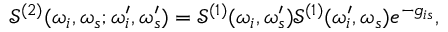
\mathcal { S } ^ { ( 2 ) } ( \omega _ { i } , \omega _ { s } ; \omega _ { i } ^ { \prime } , \omega _ { s } ^ { \prime } ) = \mathcal { S } ^ { ( 1 ) } ( \omega _ { i } , \omega _ { s } ^ { \prime } ) \mathcal { S } ^ { ( 1 ) } ( \omega _ { i } ^ { \prime } , \omega _ { s } ) e ^ { - g _ { i s } } ,